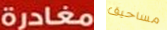
مغادرة مساحيق